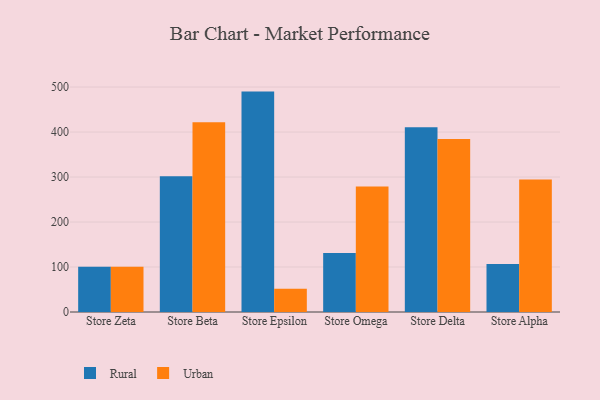
{"axis": {"x": "Store", "y": "LTV (USD)"}, "legend": ["Rural", "Urban"], "data": [{"x": "Store Zeta", "y": 100.5, "type": "Rural"}, {"x": "Store Zeta", "y": 100.8, "type": "Urban"}, {"x": "Store Beta", "y": 301.7, "type": "Rural"}, {"x": "Store Beta", "y": 421.5, "type": "Urban"}, {"x": "Store Epsilon", "y": 489.9, "type": "Rural"}, {"x": "Store Epsilon", "y": 51.5, "type": "Urban"}, {"x": "Store Omega", "y": 131.2, "type": "Rural"}, {"x": "Store Omega", "y": 279.1, "type": "Urban"}, {"x": "Store Delta", "y": 410.4, "type": "Rural"}, {"x": "Store Delta", "y": 384.8, "type": "Urban"}, {"x": "Store Alpha", "y": 106.6, "type": "Rural"}, {"x": "Store Alpha", "y": 294.4, "type": "Urban"}]}